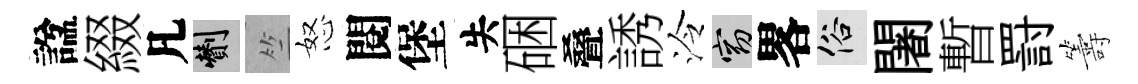
諡綴凡剪竺怒閱堡失硱叠誘泠窈畧俗闍暫罸籌